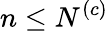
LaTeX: n\leq N^{\left(c\right)}